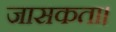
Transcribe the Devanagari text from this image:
जासकता।